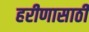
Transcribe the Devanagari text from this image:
हरीणासाठी